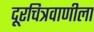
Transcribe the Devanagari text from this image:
दूरचित्रवाणीला